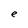
Character: e